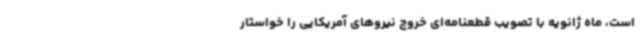
است، ماه ژانویه‌ با تصویب قطعنامه‌ای خروج نیروهای آمریکایی را خواستار